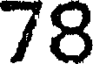
78